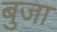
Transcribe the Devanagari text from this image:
बुजा